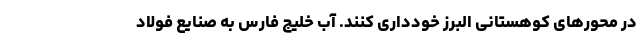
در محورهای کوهستانی البرز خودداری کنند. آب خلیج فارس به صنایع فولاد